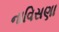
નાવિસણા